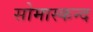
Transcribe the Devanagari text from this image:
सोमास्कन्द